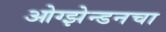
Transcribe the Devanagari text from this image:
ओग्झेन्डनचा